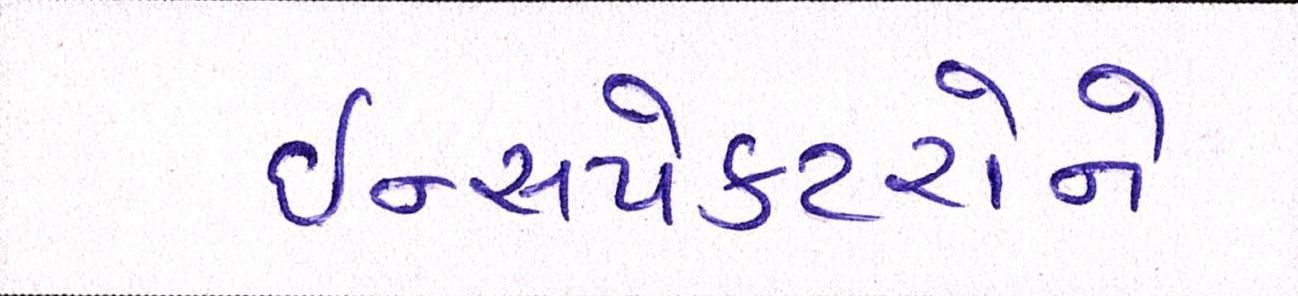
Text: ઈન્સપેકટરોને